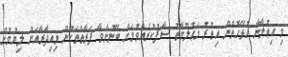
މި އިޢުލާނާ ގުޅޭގޮތުން އިތުރު މަޢުލޫމާތު ސާފުކުރެއްވުމަށް ބޭނުންވާ ފަރާތްތަކުން މިއިދާރާއަށް ލިޔުމުން